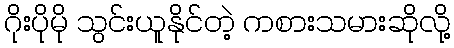
ဂိုးပိုမို သွင်းယူနိုင်တဲ့ ကစားသမားဆိုလို့